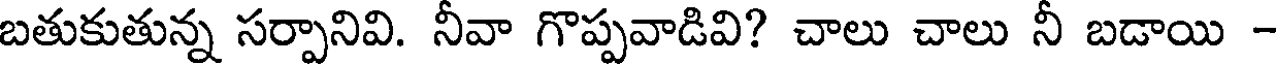
బతుకుతున్న సర్పానివి. నీవా గొప్పవాడివి? చాలు చాలు నీ బడాయి -